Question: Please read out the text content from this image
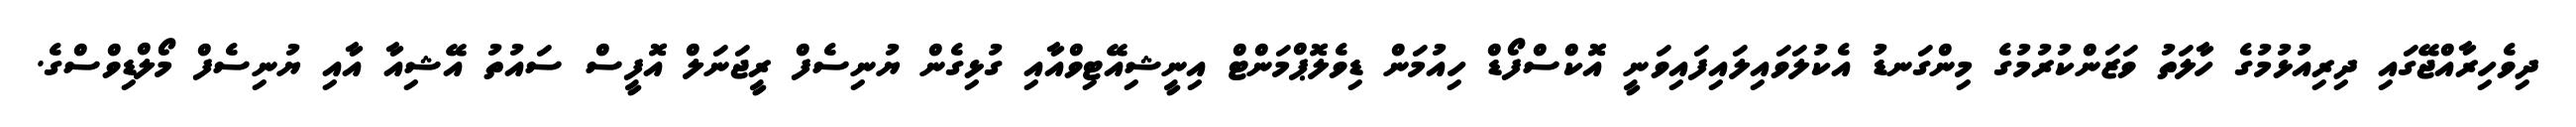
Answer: ދިވެހިރާއްޖޭގައި ދިރިއުޅުމުގެ ހާލަތު ވަޒަންކުރުމުގެ މިންގަނޑު އެކުލަވައިލައިފައިވަނީ އޮކްސްފޯޑް ހިއުމަން ޑިވެލޮޕްމަންޓް އިނީޝިއޭޓިވްއާއި ގުޅިގެން ޔުނިސެފް ރީޖަނަލް އޮފީސް ސައުތު އޭޝިއާ އާއި ޔުނިސެފް މޯލްޑިވްސްގެ.